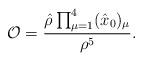
LaTeX: \begin{align*}{\cal O}={\hat \rho\prod_{\mu=1}^4(\hat x_0)_\mu\over \rho^5}.\end{align*}